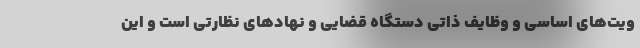
ویت‌های اساسی و وظایف ذاتی دستگاه قضایی و نهادهای نظارتی است و این